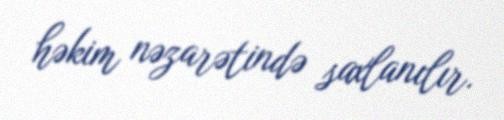
həkim nəzarətində saxlanılır.